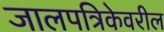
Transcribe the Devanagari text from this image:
जालपत्रिकेवरील